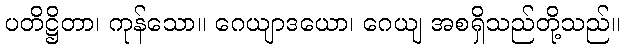
ပတိဋ္ဌိတာ၊ ကုန်သော။ ဂေယျာဒယော၊ ဂေယျ အစရှိသည်တို့သည်။